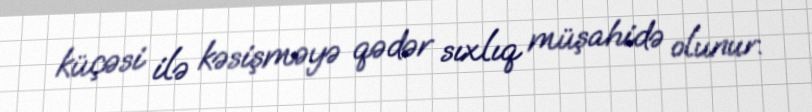
küçəsi ilə kəsişməyə qədər sıxlıq müşahidə olunur.